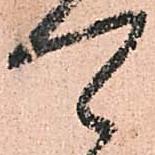
可